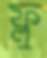
ফ্লু